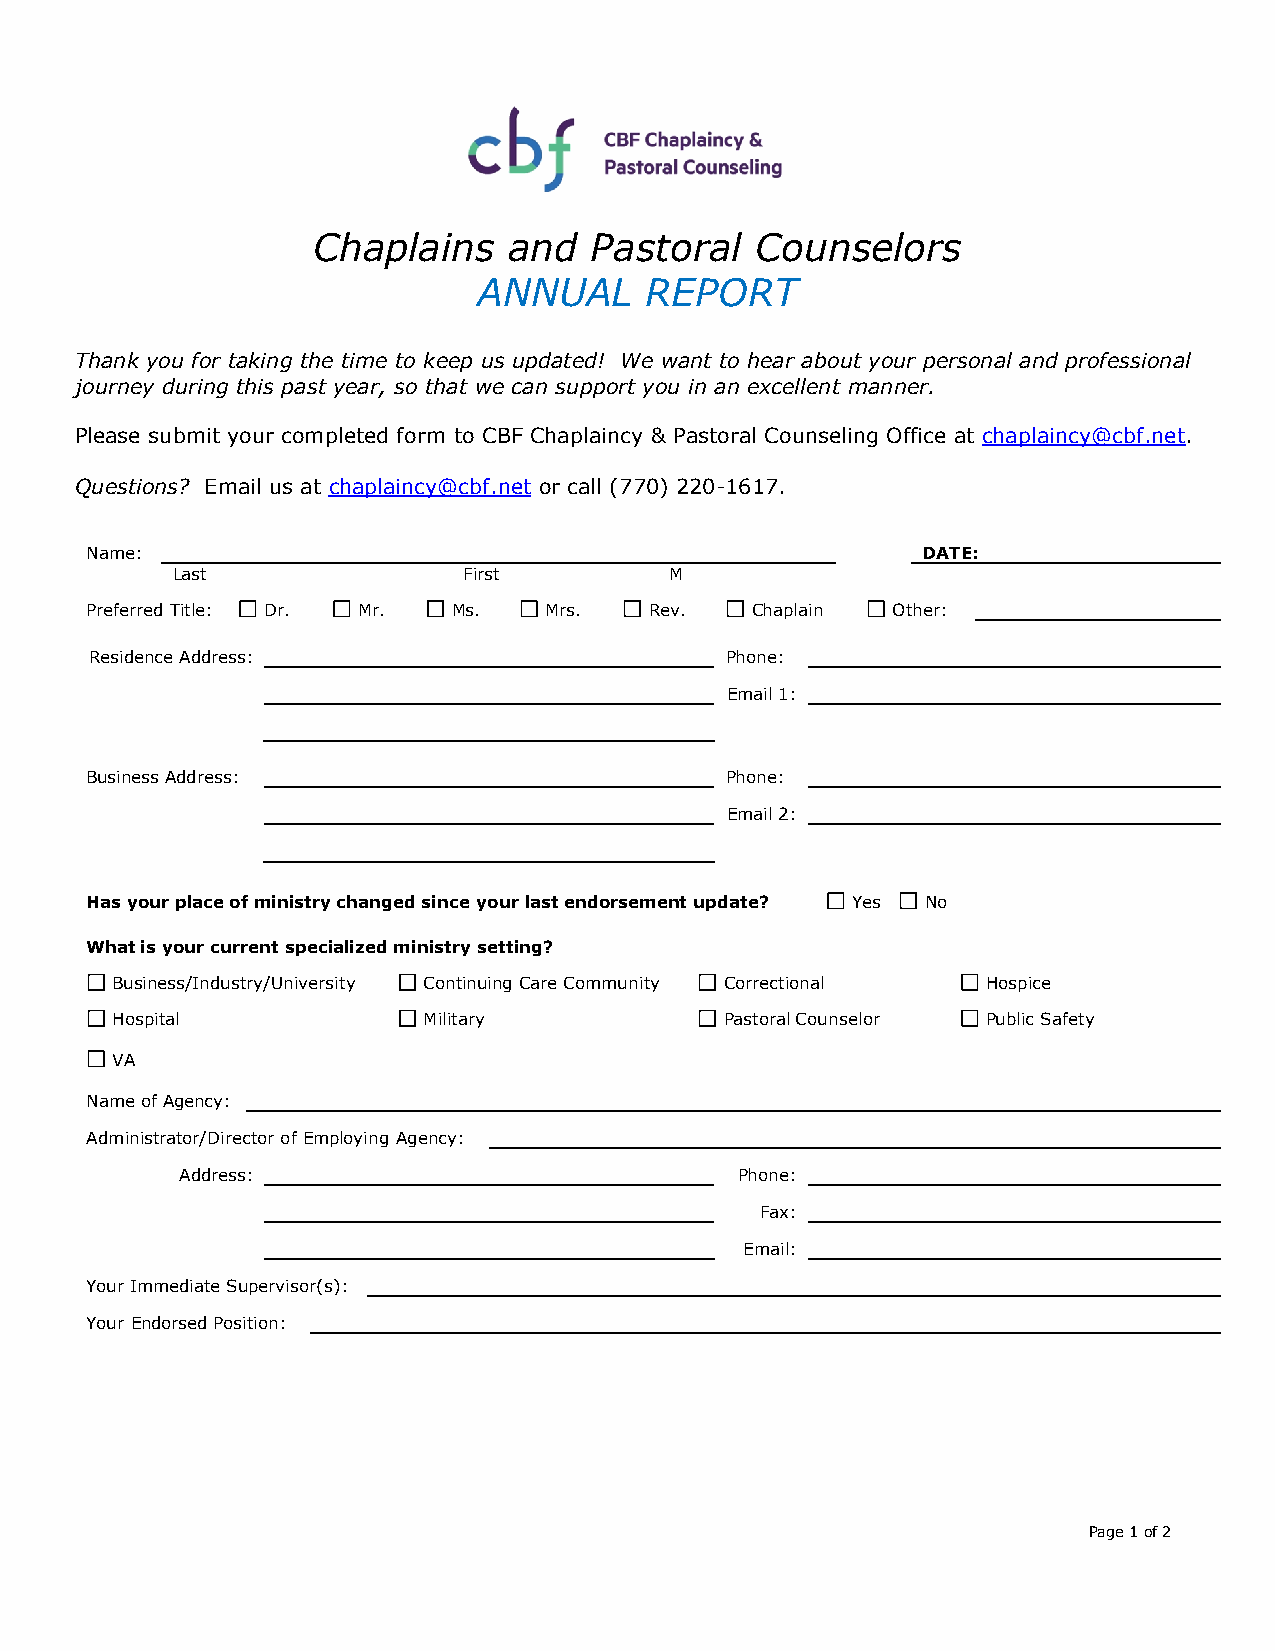
Chaplains    and  Pastoral   Counselors
 ANNUAL     REPORT
 Thank you for taking the time to keep us updated! We want to hear about your personal and professional
 journey during this past year, so that we can support you in an excellent manner.
 Please submit your completed form to CBF Chaplaincy & Pastoral Counseling Office at chaplaincy@cbf.net.
 Questions? Email us at chaplaincy@cbf.net or call (770) 220-1617.
 Name:                                                  DATE:
 Last                First        M
 Preferred Title: Dr. Mr. Ms.  Mrs.   Rev.   Chaplain Other:
 Residence Address:                        Phone:
 Email 1:
 Business Address:                         Phone:
 Email 2:
 Has your place of ministry changed since your last endorsement update? Yes No
 What is your current specialized ministry setting?
 Business/Industry/University Continuing Care Community Correctional Hospice
 Hospital             Military            Pastoral Counselor Public Safety
 VA
 Name of Agency:
 Administrator/Director of Employing Agency:
 Address:                             Phone:
 Fax:
 Email:
 Your Immediate Supervisor(s):
 Your Endorsed Position:
 Page 1 of 2